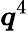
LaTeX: {\boldsymbol q}^{4}